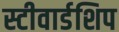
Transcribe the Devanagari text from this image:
स्टीवार्डशिप